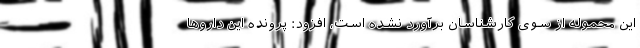
این محموله از سوی کارشناسان برآورد نشده است، افزود: پرونده این دارو‌ها